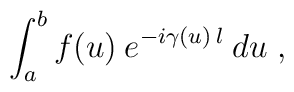
\int_a^b f(u) \:e^{-i \gamma(u) \:l} \:du \;,